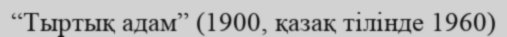
“Тыртық адам” (1900, қазақ тілінде 1960)